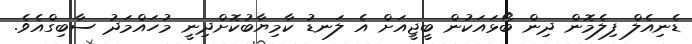
ޑެނިއެލް ފިލެމޮން ދިން ބޯޅައަކުން ބީޖީއަށް އެ ލަނޑު ކާމިޔާބުކޮށްދިނީ މުހައްމަދު ސާބިގްއެވެ.